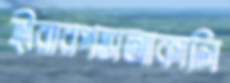
হীরারপন্তাআকালি